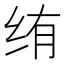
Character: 𬘠